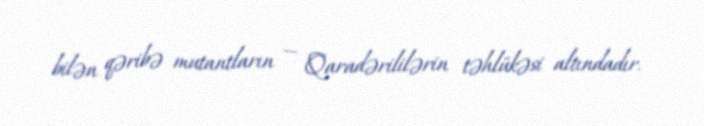
bilən qəribə mutantların — Qaradərililərin təhlükəsi altındadır.